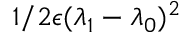
1 / 2 \epsilon ( \lambda _ { 1 } - \lambda _ { 0 } ) ^ { 2 }